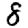
Digit: 8